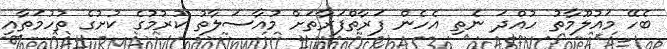
ބެހޭ މައުލޫމާތު ހުއްދަ ނެތި އެހެން ފަރާތްފަރާތަށް މުއާސަލާތު ކުރުމުގެ ކުށުގެ ތުހުމަތާއި